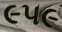
૯૫૯